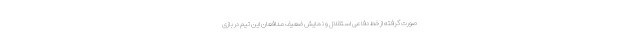
صورت گرفته از خط دفاعی استقلال و نمایش ضعیف مدافعان این تیم در بازی